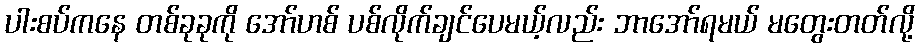
ပါးစပ်ကနေ တစ်ခုခုကို အော်ဟစ် ပစ်လိုက်ချင်ပေမယ့်လည်း ဘာအော်ရမယ် မတွေးတတ်လို့